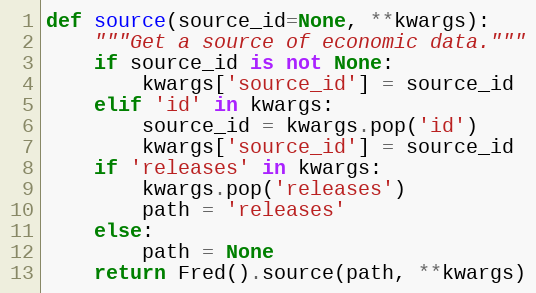
Language: Python
def source(source_id=None, **kwargs):
    """Get a source of economic data."""
    if source_id is not None:
        kwargs['source_id'] = source_id
    elif 'id' in kwargs:
        source_id = kwargs.pop('id')
        kwargs['source_id'] = source_id
    if 'releases' in kwargs:
        kwargs.pop('releases')
        path = 'releases'
    else:
        path = None
    return Fred().source(path, **kwargs)